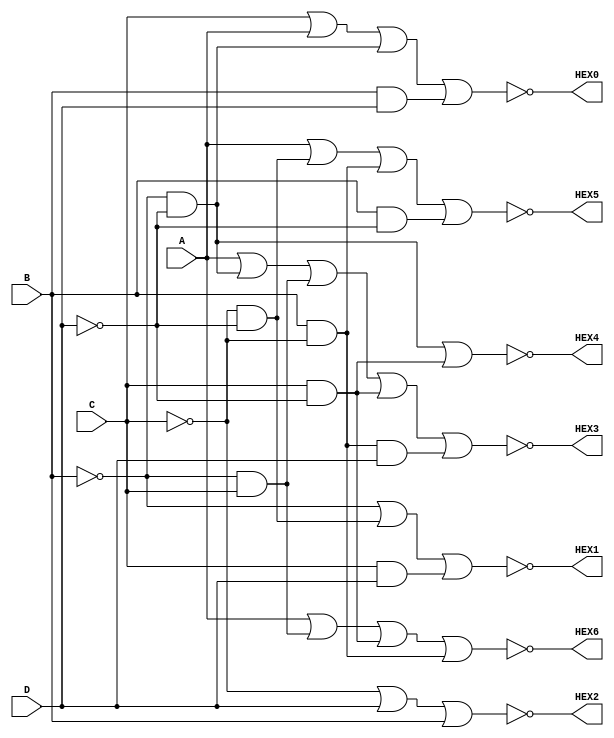
module BCDToSevenSegmentEncoder (
	input D,	//BCD0
	input C,	//BCD1
	input B,	//BCD2
	input A,	//BCD3
	
	output HEX0,
	output HEX1,
	output HEX2,
	output HEX3,
	output HEX4,
	output HEX5,
	output HEX6
);

    assign HEX0 = ~(C | A |(~B & ~D)|(B & D));
    assign HEX1 = ~(~B|(~C & ~D)|(C & D));
    assign HEX2 = ~(~C|D|B);
    assign HEX3 = ~(A|(~B & ~D)|(~B & C)|(C & ~D)|(B & ~C & D));
    assign HEX4 = ~((~B & ~D)|(C & ~D));
    assign HEX5 = ~(A|(~C & ~D)|(B & ~C)|(B & ~D));
    assign HEX6 = ~(A|(~B & C)|(C & ~D)|(~C & B));

endmodule